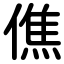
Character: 僬